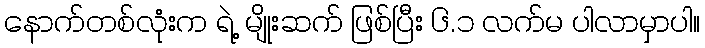
နောက်တစ်လုံးက ရဲ့ မျိုးဆက် ဖြစ်ပြီး ၆.၁ လက်မ ပါလာမှာပါ။